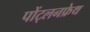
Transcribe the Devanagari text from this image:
पोंट्लनफ्रेथ